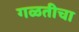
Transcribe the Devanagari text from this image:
गळतीचा